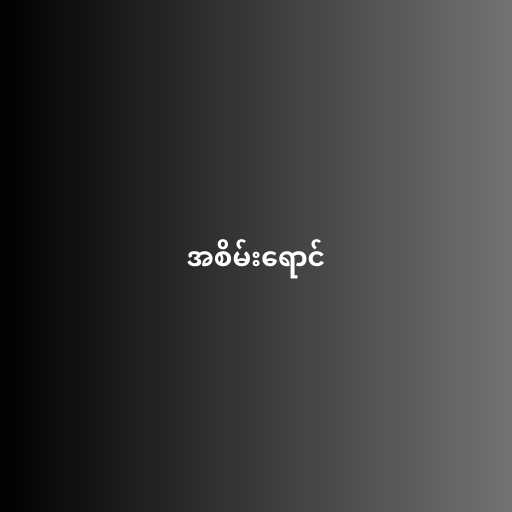
အစိမ်းရောင်